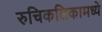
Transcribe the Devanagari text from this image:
रुचिकलिकामध्ये